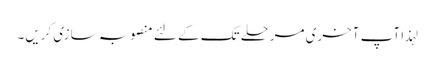
لہذا آپ آخری مرحلے تک کے لئے منصوبہ سازی کریں۔